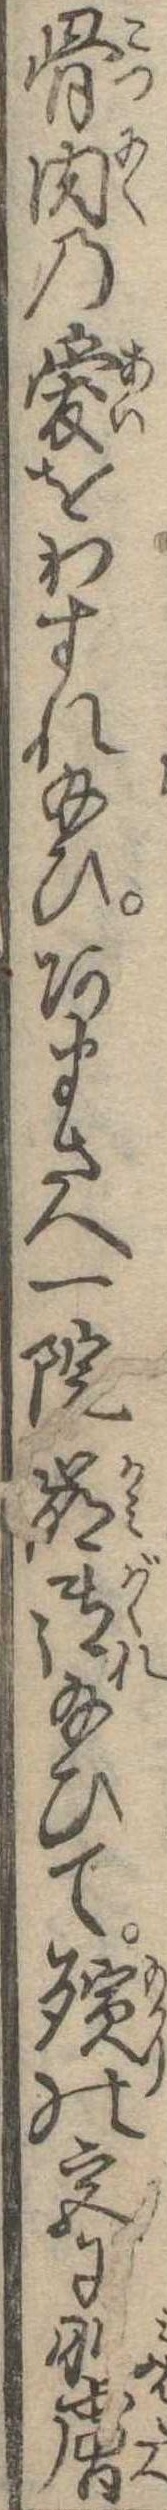
骨肉の愛をわすれ給ひあまさへ一院崩御給ひて殯の宮に肌膚